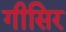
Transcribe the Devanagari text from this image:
गीसिर